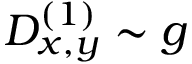
D _ { x , y } ^ { ( 1 ) } \sim g